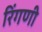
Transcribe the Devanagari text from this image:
रिंगणी